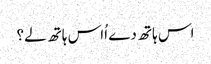
اس ہاتھ دے اُاس ہاتھ لے؟